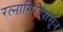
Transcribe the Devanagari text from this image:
रत्‍नागिरीपासून